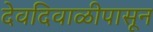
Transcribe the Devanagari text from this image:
देवदिवाळीपासून